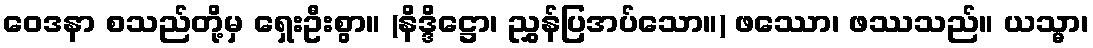
ဝေဒနာ စသည်တို့မှ ရှေးဦးစွာ။ (နိဒ္ဒိဋ္ဌော၊ ညွှန်ပြအပ်သော။) ဖဿော၊ ဖဿသည်။ ယသ္မာ၊